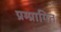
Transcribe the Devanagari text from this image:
प्रम्प्रागित